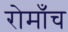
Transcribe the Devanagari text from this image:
रोमाँच